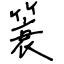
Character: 簑